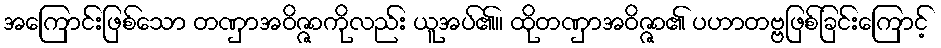
အကြောင်းဖြစ်သော တဏှာအဝိဇ္ဇာကိုလည်း ယူအပ်၏။ ထိုတဏှာအဝိဇ္ဇာ၏ ပဟာတဗ္ဗဖြစ်ခြင်းကြောင့်